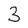
Character: 3